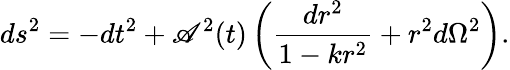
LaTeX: ds^{2}=-dt^{2}+\mathscr{A}^{2}(t)\left(\frac{{dr^{2}}}{{1-kr^{2}}}+r^{2}d\Omega^{2}\right).